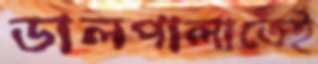
ডালপালাতেই